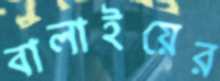
বালাইয়ের